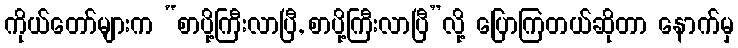
ကိုယ်တော်များက “စာပို့ကြီးလာပြီ, စာပို့ကြီးလာပြီ”လို့ ပြောကြတယ်ဆိုတာ နောက်မှ